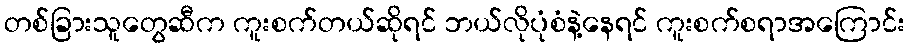
တစ်ခြားသူတွေဆီက ကူးစက်တယ်ဆိုရင် ဘယ်လိုပုံစံနဲ့နေရင် ကူးစက်စရာအကြောင်း